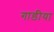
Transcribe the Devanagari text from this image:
गाडीया